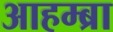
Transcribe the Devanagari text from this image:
आहम्ब्रा